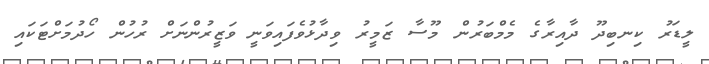
ލީޑަރު ކިނބިދޫ ދާއިރާގެ މެމްބަރުން މޫސާ ޒަމީރު ވިދާޅުވެފައިވަނީ ވަޒީރުންނަށް ރުހުން ހޯދުމަށްޓަކައި